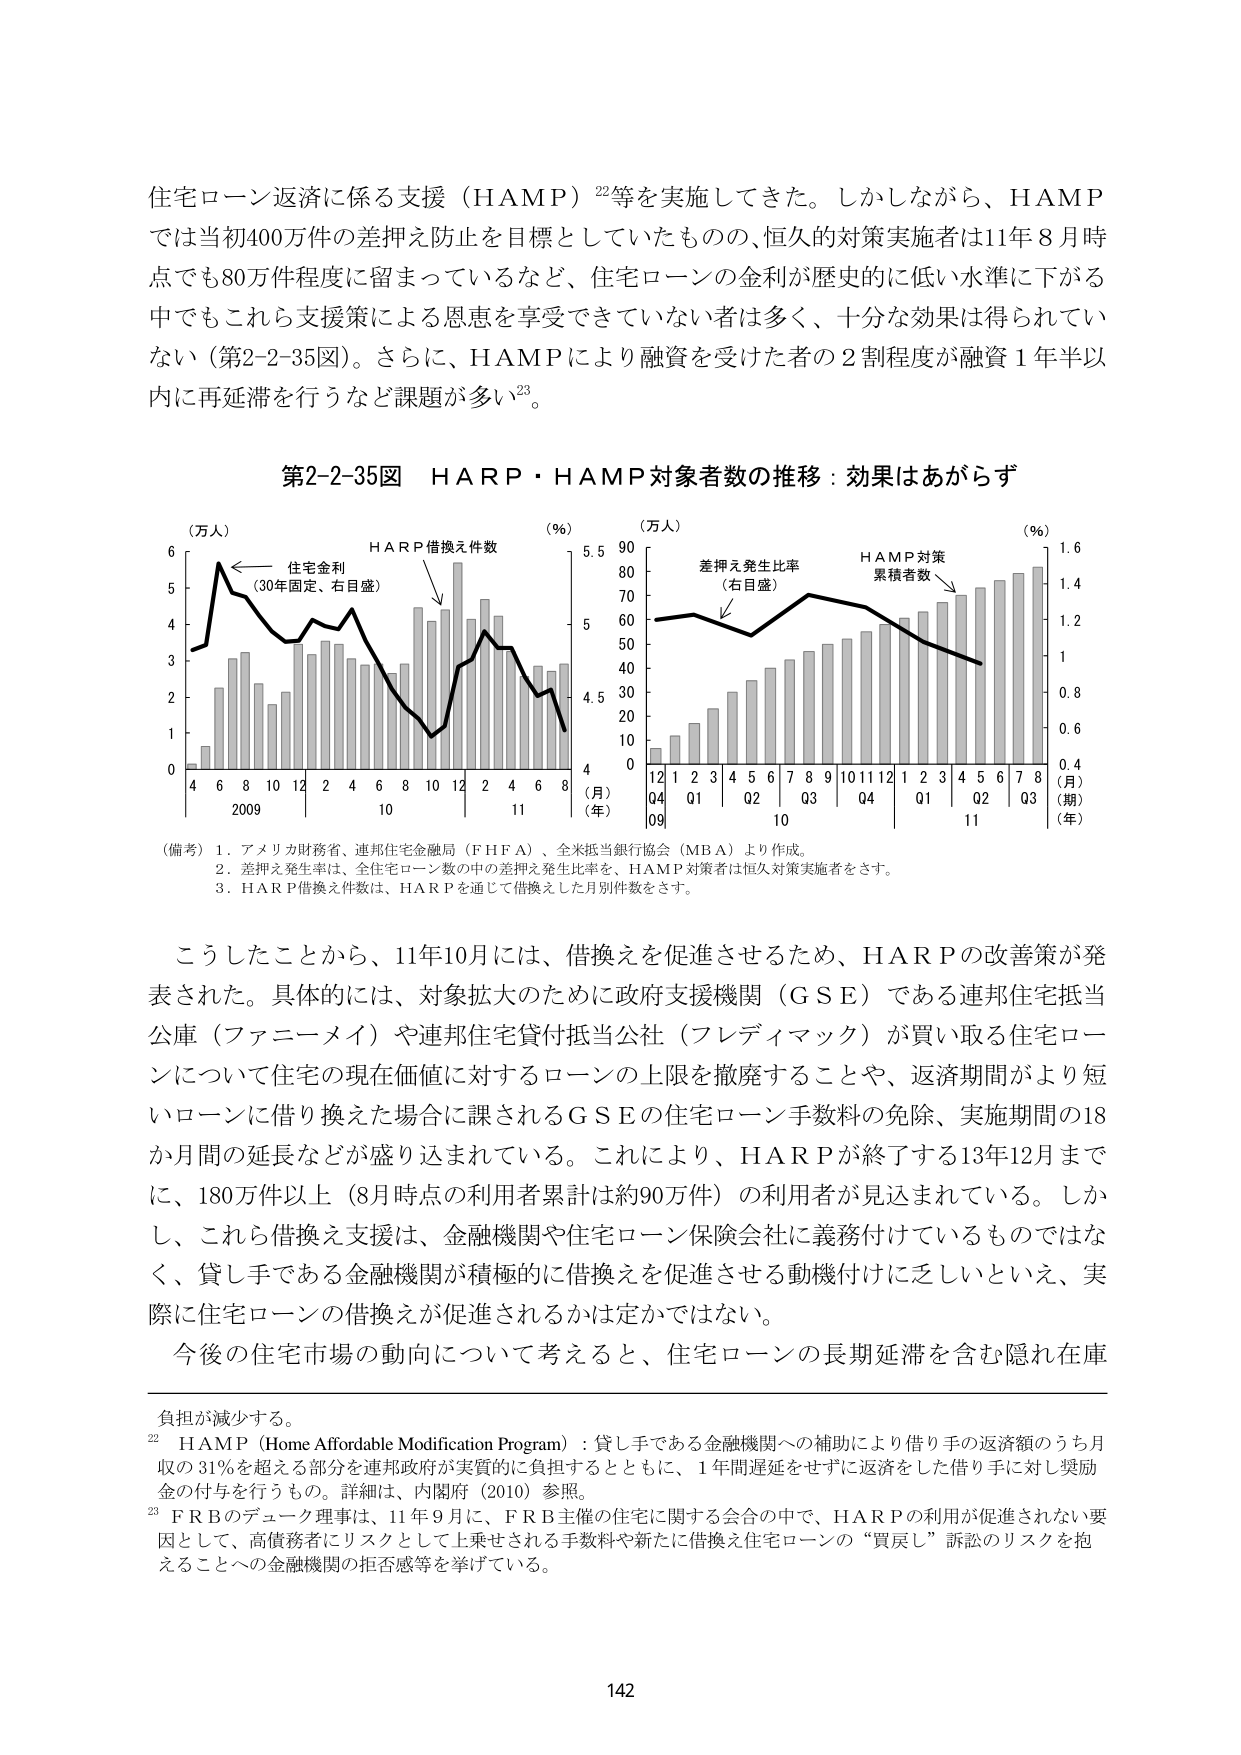
住宅ローン返済に係る支援（HAMP）²²等を実施してきた。しかしながら、HAMPでは当初400万件の差押え防止を目標としていたものの、恒久的対策実施者は11年8月時点でも80万件程度に留まっているなど、住宅ローンの金利が歴史的に低い水準に下がる中でもこれら支援策による恩恵を享受できていない者は多く、十分な効果は得られていない（第2-2-35図）。さらに、HAMPにより融資を受けた者の2割程度が融資1年半以内に再延滞を行うなど課題が多い²³。

第2-2-35図　HARP・HAMP対象者数の推移：効果はあがらず

（万人）　　　　　　　　　　　　　　　　　　　　　　　　　　　　　　　　　　　　　　　　　（％）　　　　　　　　　　　　　　　　　　　　　　　　　　　　　　　　　　　　　　　　　（万人）　　　　　　　　　　　　　　　　　　　　　　　　　　　　　　　　　　　　　　　　　（％）